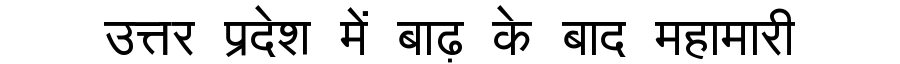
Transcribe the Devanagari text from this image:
उत्तर प्रदेश में बाढ़ के बाद महामारी